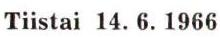
Tiistai 14. 6. 1966